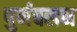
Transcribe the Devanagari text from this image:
पुर्नबलन